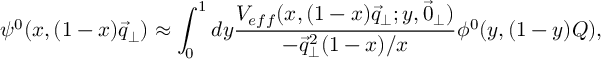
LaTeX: \psi ^ { 0 } ( x , ( 1 - x ) \vec { q } _ { \perp } ) \approx \int _ { 0 } ^ { 1 } d y \frac { V _ { e f f } ( x , ( 1 - x ) \vec { q } _ { \perp } ; y , \vec { 0 } _ { \perp } ) } { - \vec { q } _ { \perp } ^ { 2 } ( 1 - x ) / x } \phi ^ { 0 } ( y , ( 1 - y ) Q ) ,